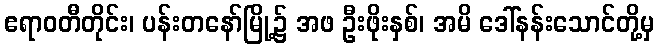
ဧရာဝတီတိုင်း၊ ပန်းတနော်မြို့၌ အဖ ဦးဖိုးနှစ်၊ အမိ ဒေါ်နန်းသောင်တို့မှ